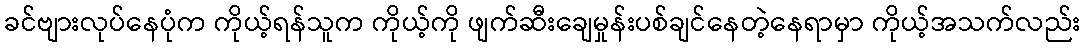
ခင်ဗျားလုပ်နေပုံက ကိုယ့်ရန်သူက ကိုယ့်ကို ဖျက်ဆီးချေမှုန်းပစ်ချင်နေတဲ့နေရာမှာ ကိုယ့်အသက်လည်း